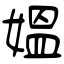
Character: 媼